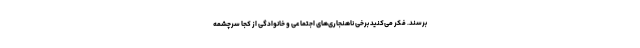
برسند. فکر می‌کنید برخی ناهنجاری‌های اجتماعی و خانوادگی از کجا سرچشمه